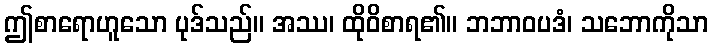
ဤစာရောဟူသော ပုဒ်သည်။ အဿ၊ ထိုဝိစာရ၏။ ဘဘာဝပဒံ၊ သဘောကိုသာ